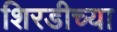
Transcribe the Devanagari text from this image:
शिरडीच्या